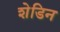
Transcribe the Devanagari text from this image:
शेडिन